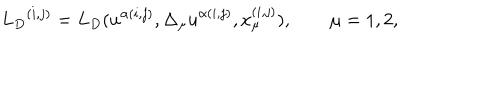
{ { L } _ { D } } ^ { ( i , j ) } = { L } _ { D } ( u ^ { \alpha ( i , j ) } , { \Delta _ { \mu } u } ^ { \alpha ( i , j ) } , x _ { \mu } ^ { ( i , j ) } ) , \qquad \mu = 1 , 2 ,